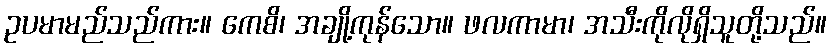
ဥပမာမည်သည်ကား။ ကေစိ၊ အချို့ကုန်သော။ ဖလကာမာ၊ အသီးကိုလိုရှိသူတို့သည်။